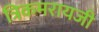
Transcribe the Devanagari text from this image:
त्रिकमरायजी